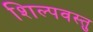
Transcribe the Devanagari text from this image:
शिल्पवस्तु